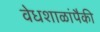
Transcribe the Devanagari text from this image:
वेधशाळांपैकी